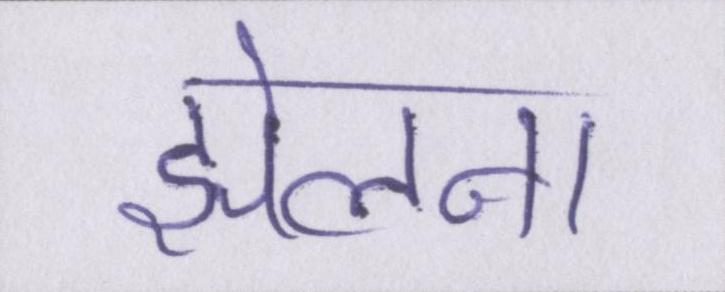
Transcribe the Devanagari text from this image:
झेलना